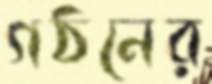
গঠনের